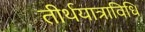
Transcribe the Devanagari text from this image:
तीर्थयात्राविधि